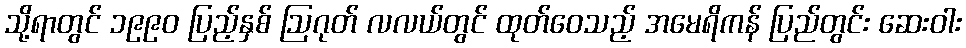
သို့ရာတွင် ၁၉၉၀ ပြည့်နှစ် ဩဂုတ် လလယ်တွင် ထုတ်ဝေသည့် အမေရိကန် ပြည်တွင်း ဆေးဝါး